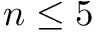
n \le 5